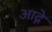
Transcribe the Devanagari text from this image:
आद्गे